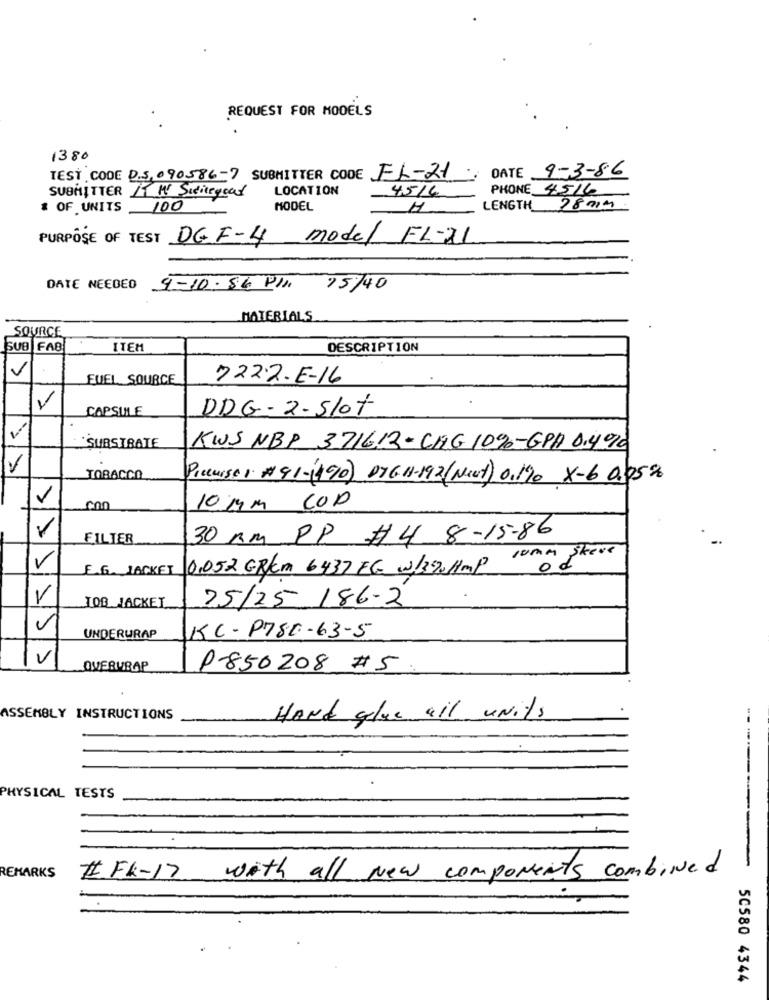
REQUEST FOR MODELS
1380
DATE 9-3-86
TEST CODE D.5. 090586-7 SUBMITTER CODE EL-21
LOCATION
45/6
PHONE 45/6
SUBMITTER IT M' Sidicegood
& OF UNITS
100
MODEL
H
LENGTH
2801M
PURPOSE OF TEST DG F-4 model FL-21
DATE NEEDED
9- 10. 86 Pln 15/40
MATERIALS
SOURCE
SUB FAB
ITEM
DESCRIPTION
FUEL SOURCE
722·2.E-16
V
CAPSULE
DDG - 2-Slot
SUBSTRATE
KWS NBP 371612-CHG 10%-GPA 0.490
TOBACCO
Piccuisei #91-1490) DYG.1-192 (Next) 01190 X-6 0.05%
10MM COD
FILTER
30 Am PP # 4 8-15-86
V
0,052 GRKM 6437 FG w/390H1mp 10mm Skeve
E.G. JACKET
V
JOB JACKET
25/25 186-2
V
UNDERURAP
KC - P780-63-5
V
OVERURAP
P-850208 #5.
ASSEMBLY INSTRUCTIONS
HANd glue all units
PHYSICAL TESTS
-------
REMARKS
#IFK-17 with all New components combined
50580 4344